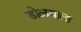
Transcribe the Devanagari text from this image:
डोळयाला